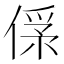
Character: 𠌀